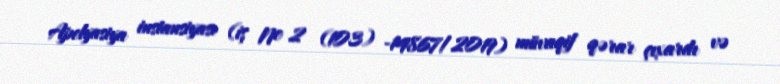
Apelyasiya instansiyası (iş № 2 (103) -14867/2019) müvaqif qərar çıxardı və